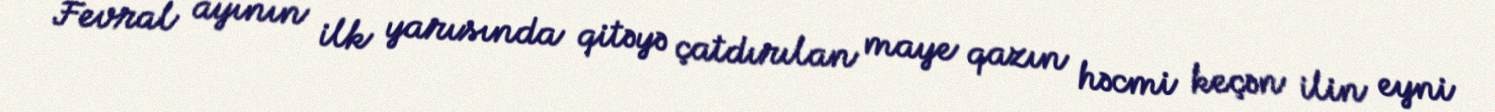
Fevral ayının ilk yarısında qitəyə çatdırılan maye qazın həcmi keçən ilin eyni